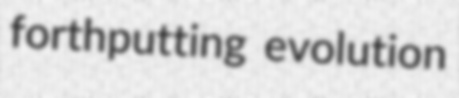
forthputting evolution